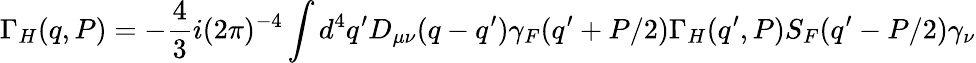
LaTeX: \Gamma_{H}(q,P)=-{\frac{4}{3}}i(2\pi)^{-4}\int d^{4}q^{\prime}D_{\mu\nu}(q-q^{\prime})\gamma_{F}(q^{\prime}+P/2)\Gamma_{H}(q^{\prime},P)S_{F}(q^{\prime}-P/2)\gamma_{\nu}